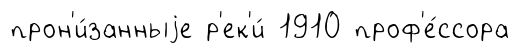
прон'и́занныjе р'ек'и́ 1910 проф'е́ссора